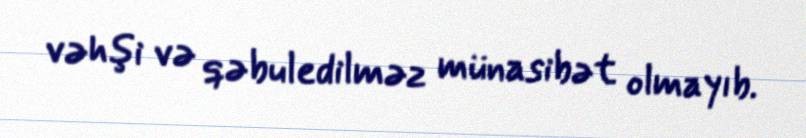
vəhşi və qəbuledilməz münasibət olmayıb.